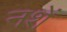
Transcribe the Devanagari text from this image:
नशें